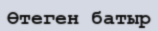
Өтеген батыр